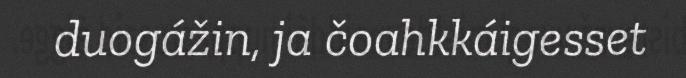
duogážin, ja čoahkkáigesset